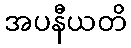
အပနီယတိ